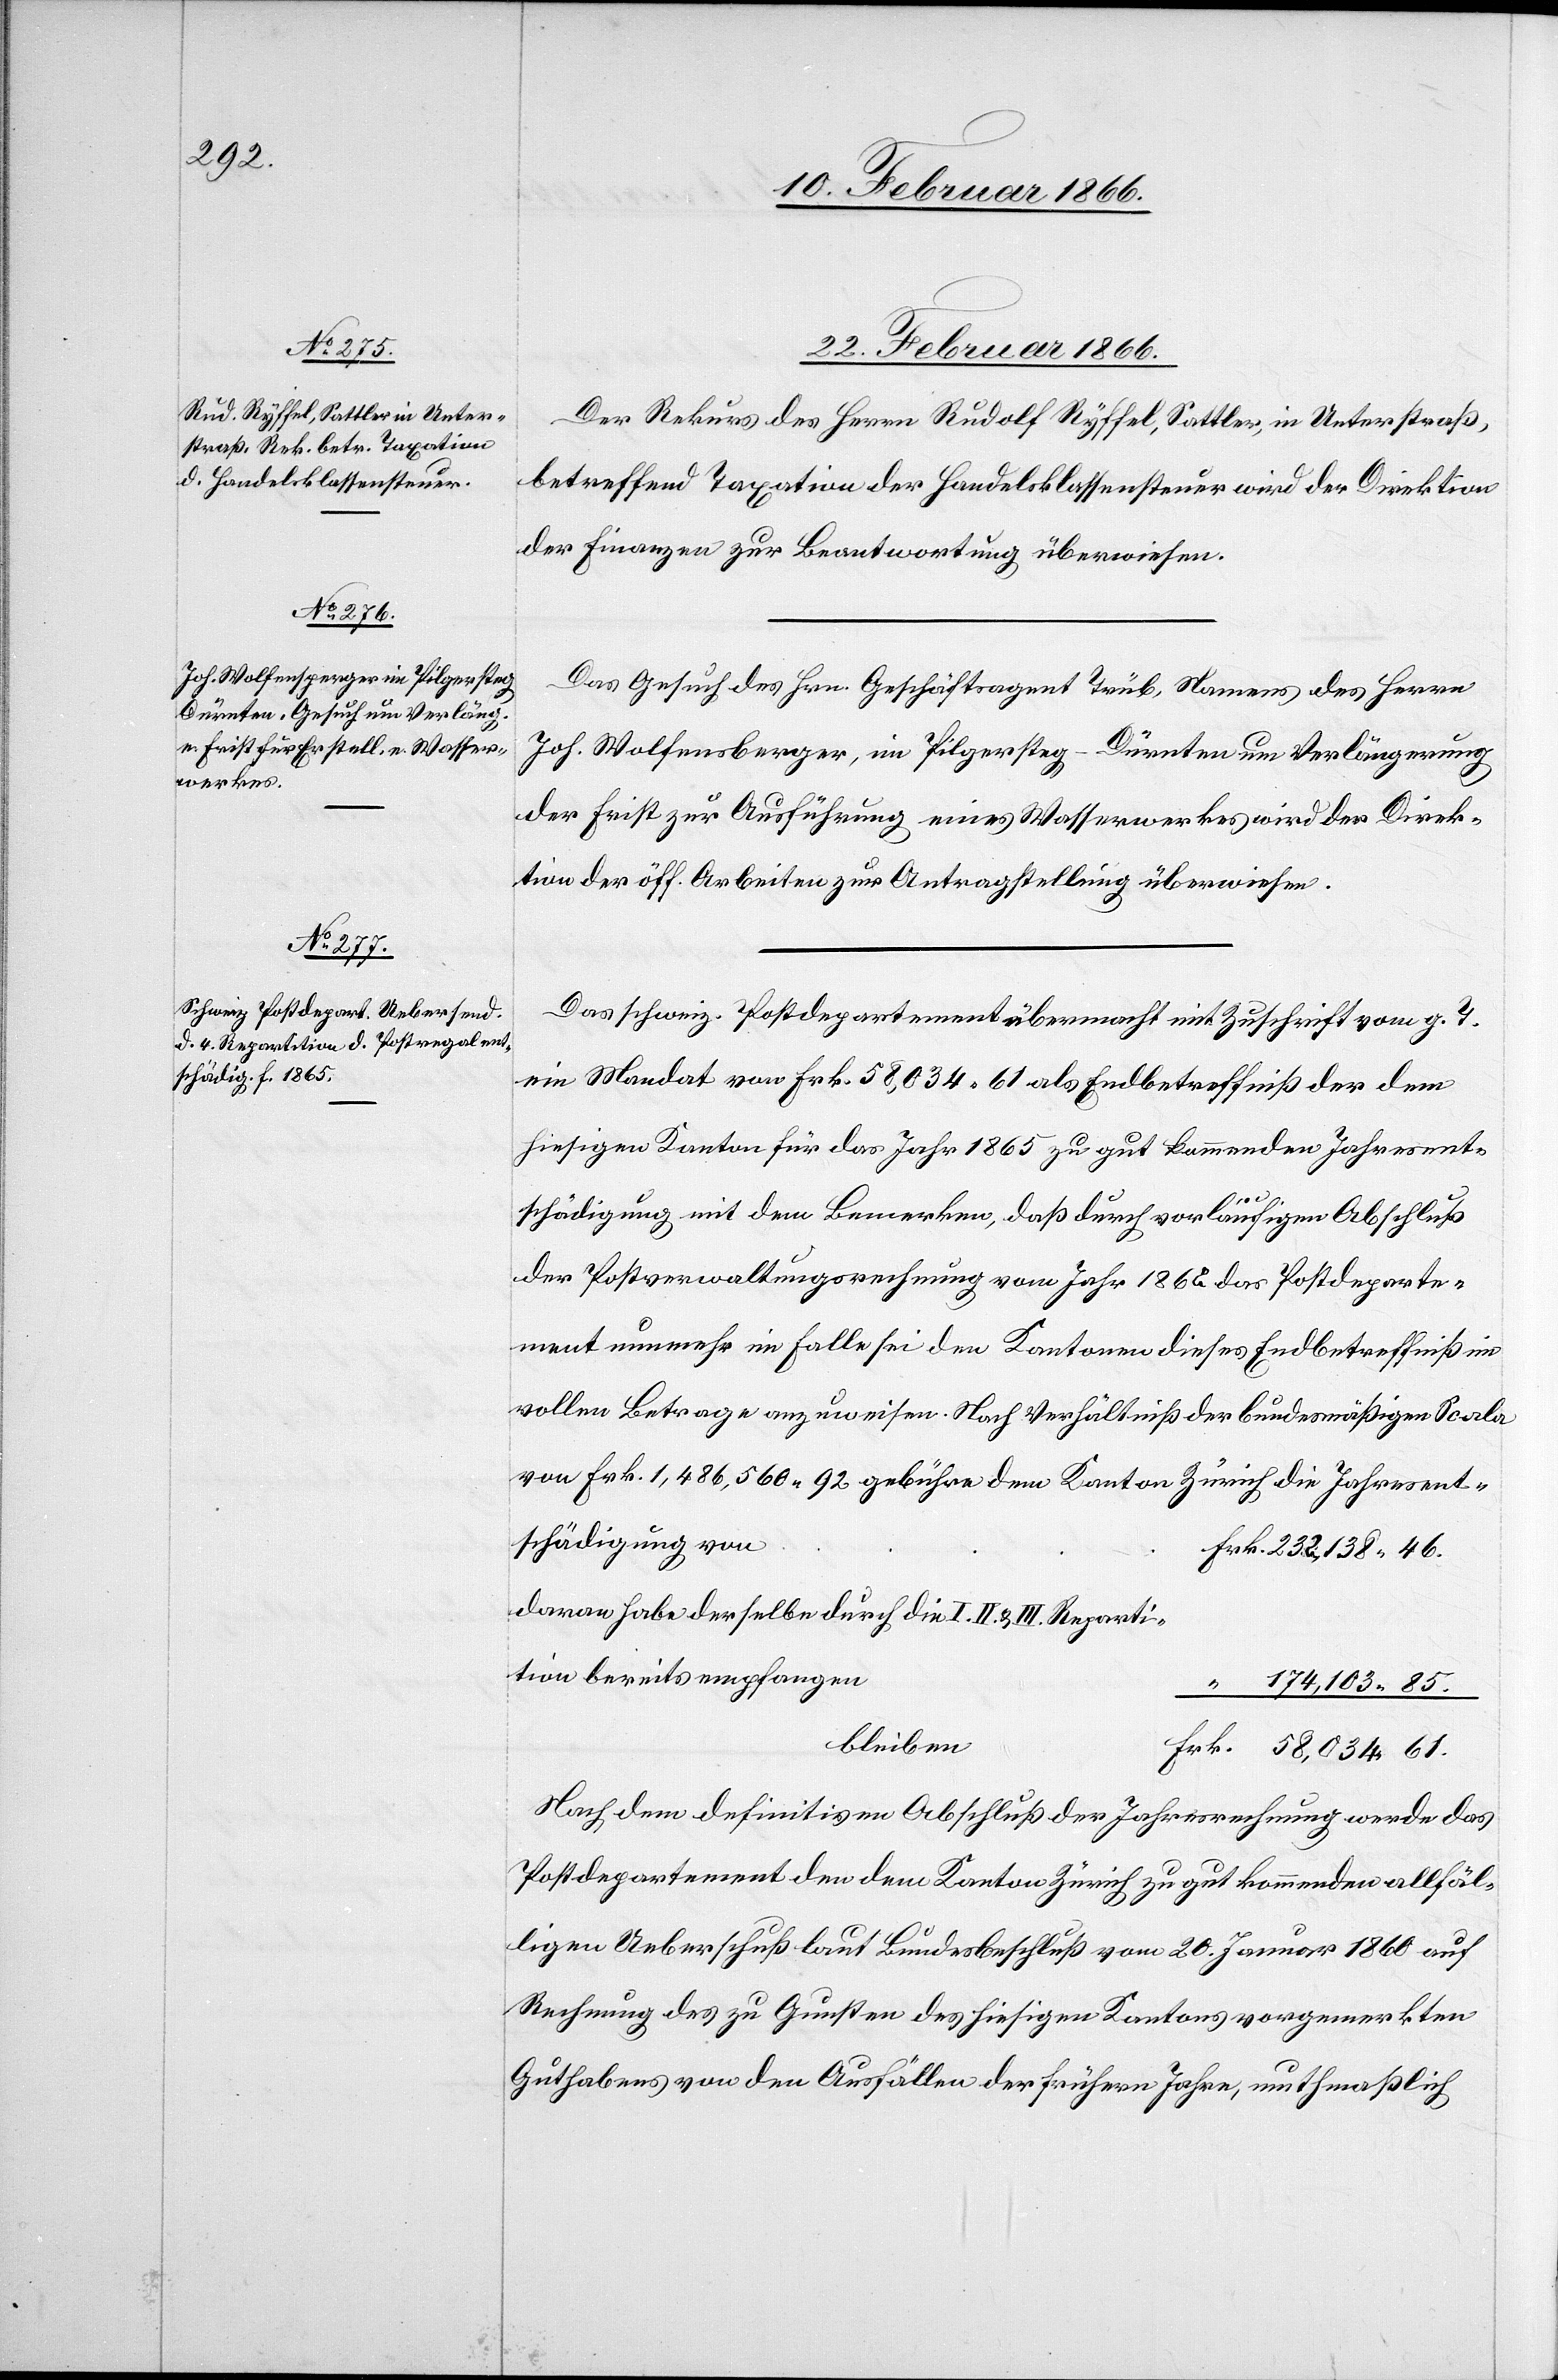
232
138 46.
58 034 61.

22. Februar 1866.]
Der Rekurs des Herrn Rudolf Ryffel, Sattler, in Unterstraß,
betreffend Taxation der Handelsklassensteuer wird der Direktion
der Finanzen zur Beantwortung überwiesen.
Das Gesuch des Hrn. Geschäftsagent Trüb, Namens des Herrn
Joh. Wolfensperger, im Pilgersteg - Dürnten um Verlängerung
der Frist zur Ausführung eines Wasserwerkes wird der Direk¬
tion der öff. Arbeiten zur Antragstellung überwiesen.
Das schweiz. Postdepartement übermacht mit Zuschrift vom g. T.
ein Mandat von Frk. 58 034 61 als Endbetreffniß der dem
hiesigen Kanton für das Jahr 1865 zu gut kommenden Jahresent¬
schädigung
schädigung mit dem Bemerken, daß durch vorläufigen Abschluß
der Postverwaltungsrechnung vom Jahr 1865 das Postdeparte¬
ment nunmehr im Falle sei den Kantonen dieses Endbetreffniß im
vollen Betrage anzuweisen. Nach Verhältniß der bundesmäßigen Sache
von Frk. 1 486 560 92 gebühre dem Kanton Zürich die Jahresent¬
davon habe derselbe durch die I. II. u. III. Reparti¬
tion bereits empfangen
“ 174 103 85.
Nach dem definitiven Abschluß der Jahresrechnung werde das
Postdepartement den dem Kanton Zürich zu gut kommenden allfäl¬
ligen Ueberschuß laut Bundesbeschluß vom 20. Januar 1860 auf
Rechnung des zu Gunsten des hiesigen Kantons vorgemerkten
Guthabens von den Ausfällen der frühern Jahre, muthmaßlich